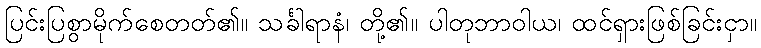
ပြင်းပြစွာမိုက်စေတတ်၏။ သင်္ခါရာနံ၊ တို့၏။ ပါတုဘာဝါယ၊ ထင်ရှားဖြစ်ခြင်းငှာ။